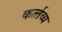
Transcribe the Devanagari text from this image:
कर्त्‍तव्‍य